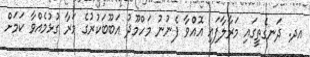
އދ. ދަނގެތީގައި މަރާލާފައި އޮއްވާ ފެނުނު މަހްމޫދު އަބޫބަކުރުގެ މަރާ ގުޅުމެއްވާ ކަމަށް